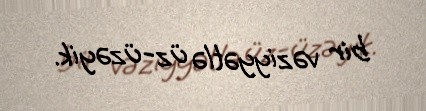
bir vəziyyətlə üz-üzəyik.